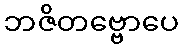
ဘဇိတဗ္ဗောပေ